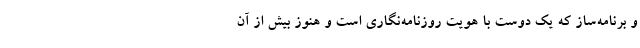
و برنامه‌ساز که یک دوست با هویت روزنامه‌‌نگاری است و هنوز بیش از آن